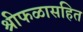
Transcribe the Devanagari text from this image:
श्रीफळासहित